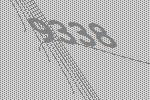
9338